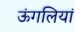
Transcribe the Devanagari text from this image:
ऊंगलियां